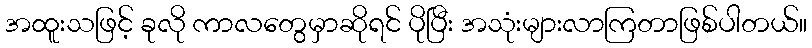
အထူးသဖြင့် ခုလို ကာလတွေမှာဆိုရင် ပိုပြီး အသုံးများလာကြတာဖြစ်ပါတယ်။